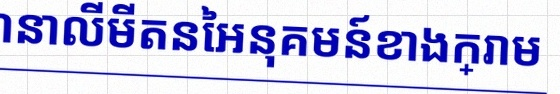
គណនាលីមីតនៃអនុគមន៍ខាងក្រោម